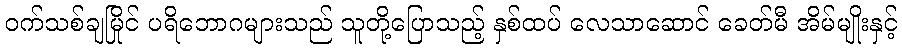
ဝက်သစ်ချမြိုင် ပရိဘောဂများသည် သူတို့ပြောသည့် နှစ်ထပ် လေသာဆောင် ခေတ်မီ အိမ်မျိုးနှင့်